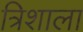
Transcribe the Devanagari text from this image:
त्रिशाला